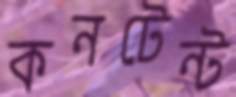
কনটেন্ট